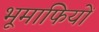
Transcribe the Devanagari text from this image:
भूमाफियों